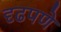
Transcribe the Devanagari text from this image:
दृढपणे